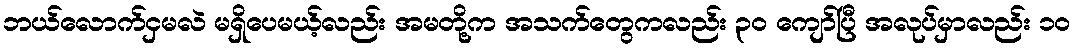
ဘယ်လောက်ငှမလဲ မရှိပေမယ့်လည်း အမတို့က အသက်တွေကလည်း ၃၀ ကျော်ပြီ အလုပ်မှာလည်း ၁၀